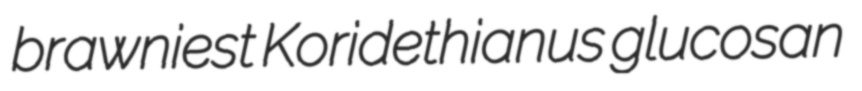
brawniest Koridethianus glucosan